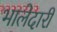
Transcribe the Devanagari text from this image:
भालेदारी